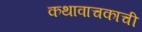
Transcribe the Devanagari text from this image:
कथावाचकाची